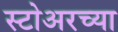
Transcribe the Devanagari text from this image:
स्टोअरच्या